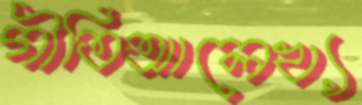
গীতিআলেখ্য